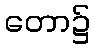
တော၌